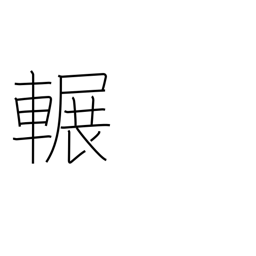
Meaning: squeak